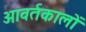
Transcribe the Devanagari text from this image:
आवर्तकालों